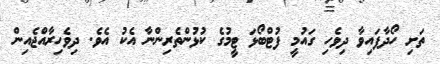
ތަށި ހޯދާފައިވާ ދިވެހި ގައުމީ ފުޓްބޯޅަ ޓީމުގެ ކުޅުންތެރިންނާ އެކު އެވެ. ދިވެހިރާއްޖެއިން